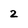
Character: 2